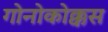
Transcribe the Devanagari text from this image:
गोनोकोक्कस